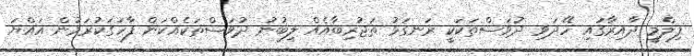
ފިލްމީ ދާއިރާގައި ހޭދަވި ދުވަސްތަކަކީ ރަނގަޅު ތަޖުރިބާއެއް ލިބުނު ދުވަސްތަކެއްކަން ފާހަގަކުރަމުން އައްޔަ